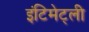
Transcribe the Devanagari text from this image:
इंटिमेट्ली